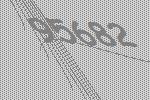
95682